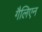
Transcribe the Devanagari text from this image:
गैलिएन